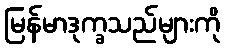
မြန်မာဒုက္ခသည်များကို